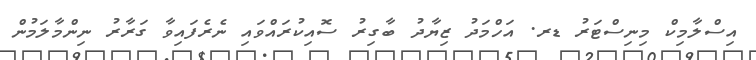
އިސްލާމިކް މިނިސްޓަރު ޑރ. އަހްމަދު ޒިޔާދު ބާގިރު ސޮއިކުރައްވައި ނެރެފައިވާ ގަރާރު ނިންމާލަމުން